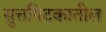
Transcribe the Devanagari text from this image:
सुत्तपिटकातील